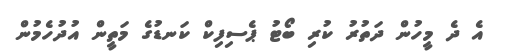
އެ ދެ މީހުން ދަތުރު ކުރި ބޯޓު ޕެސިފިކް ކަނޑުގެ މަތީން އުދުހެމުން